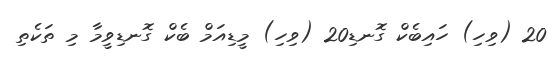
20 (ވިހި) ހައިބެކް ގޮނޑި20 (ވިހި) މީޑިއަމް ބެކް ގޮނޑިވީމާ މި ތަކެތި